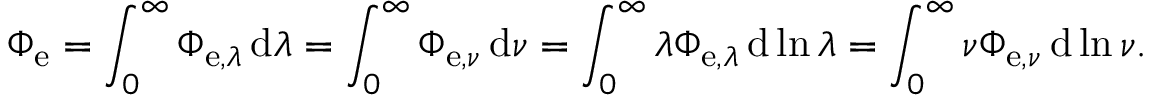
\Phi _ { \mathrm { e } } = \int _ { 0 } ^ { \infty } \Phi _ { \mathrm { e } , \lambda } \, \mathrm { d } \lambda = \int _ { 0 } ^ { \infty } \Phi _ { \mathrm { e } , \nu } \, \mathrm { d } \nu = \int _ { 0 } ^ { \infty } \lambda \Phi _ { \mathrm { e } , \lambda } \, \mathrm { d } \ln \lambda = \int _ { 0 } ^ { \infty } \nu \Phi _ { \mathrm { e } , \nu } \, \mathrm { d } \ln \nu .